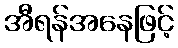
အီရန်အနေဖြင့်